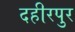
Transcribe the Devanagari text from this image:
दहीरपुर